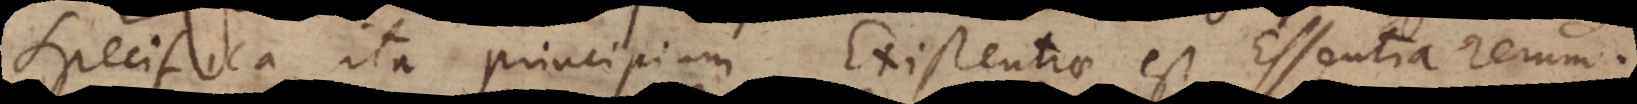
specifica, ita principium Existentiae est Essentia rerum.